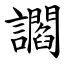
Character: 讇